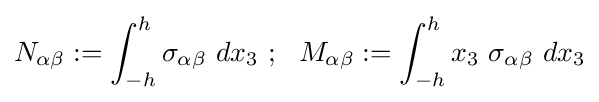
N_{\alpha \beta }:=\int _{-h}^{h}\sigma _{\alpha \beta }~dx_{3}~;~~M_{\alpha \beta }:=\int _{-h}^{h}x_{3}~\sigma _{\alpha \beta }~dx_{3}